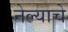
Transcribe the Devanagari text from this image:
नेल्याचे